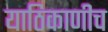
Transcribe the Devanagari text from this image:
याठिकाणीच